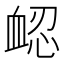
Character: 𧖷